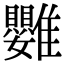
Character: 䨉